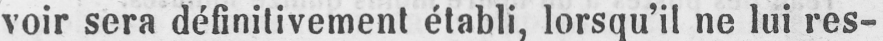
voir sera définitivement établi, lorsqu’il ne lui res-